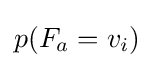
p(F_{a}=v_{i})